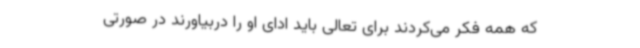
که همه فکر می‌کردند برای تعالی باید ادای او را دربیاورند در صورتی